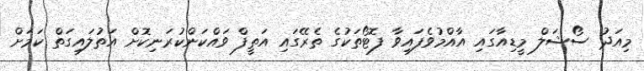
މިއަދު ސޯޝަލް މީޑިއާގައި އާއްމުވެފައިވާ ފޮޓޯތަކުގެ ތެރޭގައި އަތީފް ވައްކަންކުރަނިކޮށް އަތުލައިގަތް ކަމަށް